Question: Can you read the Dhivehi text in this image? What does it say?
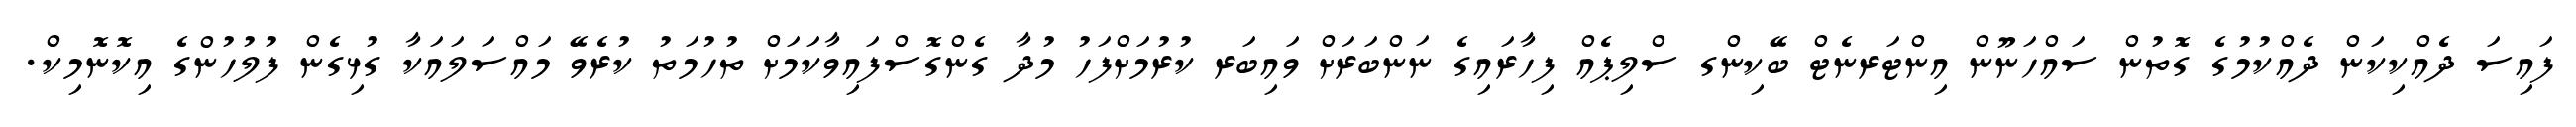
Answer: ފައިސަ ދެއްކިކަން ދެއްކުމުގެ ގޮތުން ސައްހަނޫން އިންޓަރނެޓް ބޭކިންގ ސްލިޕެއް ފިހާރައިގެ ނަންބަރަށް ވައިބަރ ކުރުމަށްފަހު މުދާ ގެންގޮސްފައިވާކަމަށް ތުހުމަތު ކުރެވޭ މައްސަލައަކާ ގުޅިގެން ފުލުހުންގެ އިކޮނޮމިކް.